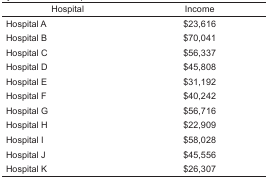
<table><thead><tr><td><b>Hospital</b></td><td><b>Income</b></td></tr></thead><tbody><tr><td>Hospital A</td><td>$23,616</td></tr><tr><td>Hospital B</td><td>$70,041</td></tr><tr><td>Hospital C</td><td>$56,337</td></tr><tr><td>Hospital D</td><td>$45,808</td></tr><tr><td>Hospital E</td><td>$31,192</td></tr><tr><td>Hospital F</td><td>$40,242</td></tr><tr><td>Hospital G</td><td>$56,716</td></tr><tr><td>Hospital H</td><td>$22,909</td></tr><tr><td>Hospital I</td><td>$58,028</td></tr><tr><td>Hospital J</td><td>$45,556</td></tr><tr><td>Hospital K</td><td>$26,307</td></tr></tbody></table>